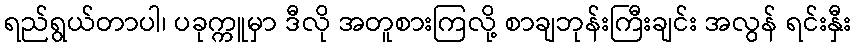
ရည်ရွယ်တာပါ၊ ပခုက္ကူမှာ ဒီလို အတူစားကြလို့ စာချဘုန်းကြီးချင်း အလွန် ရင်းနှီး